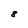
Character: 8